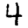
Digit: 4